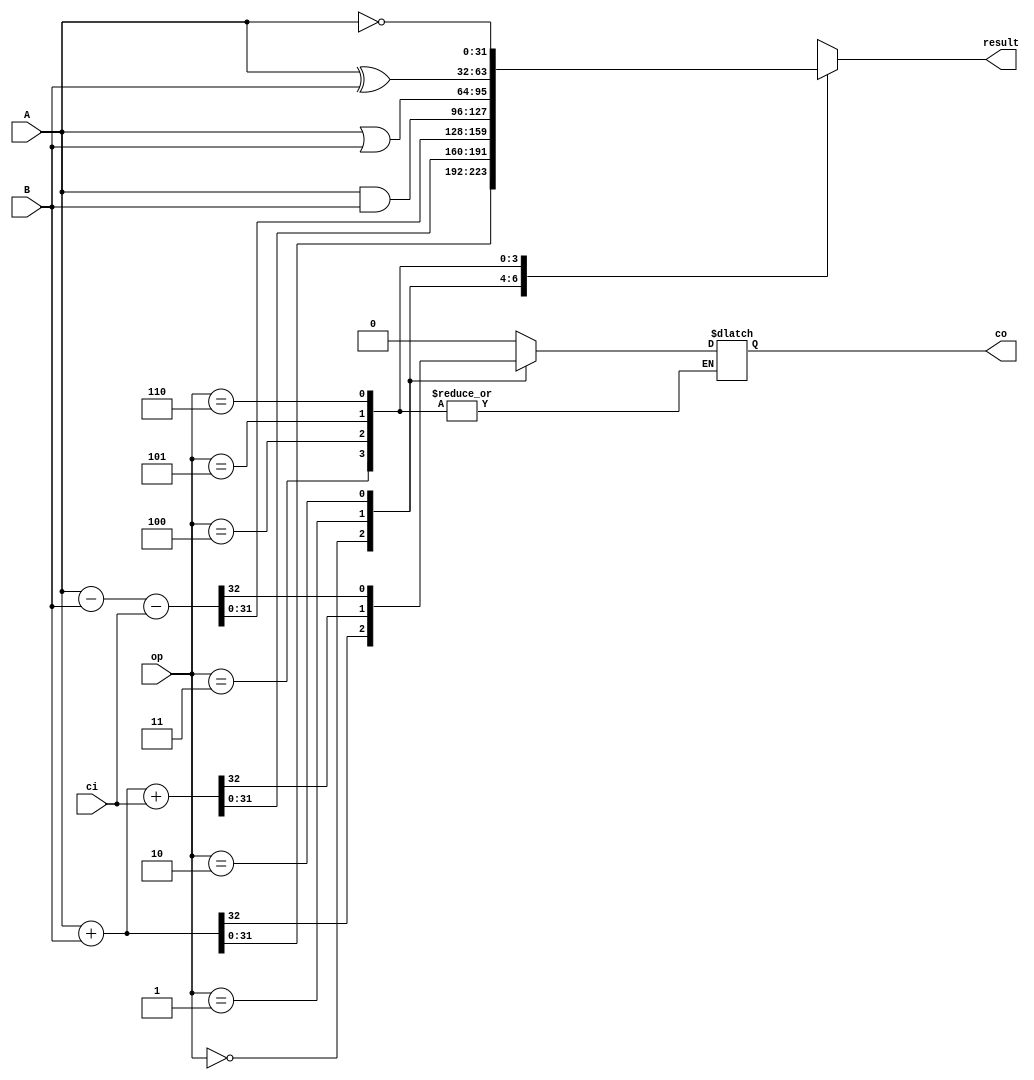
module ALU_32 (
    input      [ 2:0] op,
    input      [31:0] A,
    input      [31:0] B,
    input             ci,
    output reg [31:0] result,
    output reg        co
);

  always @(op or A or B) begin
    case (op)
      0: {co, result} = A + B;
      1: {co, result} = A + B + ci;
      2: {co, result} = A - B - ci;
      3: result = A & B;
      4: result = A | B;
      5: result = A ^ B;
      6: result = ~A;
      default: begin
        co     = 0;
        result = 'bx;
      end
    endcase
  end

endmodule  //ALU_32